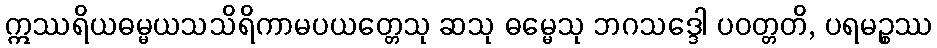
ဣဿရိယဓမ္မယသသိရိကာမပယတ္တေသု ဆသု ဓမ္မေသု ဘဂသဒ္ဒေါ ပဝတ္တတိ, ပရမဉ္စဿ